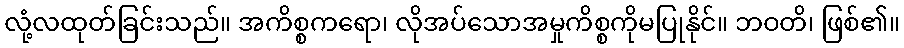
လုံ့လထုတ်ခြင်းသည်။ အကိစ္စကရော၊ လိုအပ်သောအမှုကိစ္စကိုမပြုနိုင်။ ဘဝတိ၊ ဖြစ်၏။